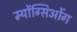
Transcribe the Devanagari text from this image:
म्योंग्सिओंग